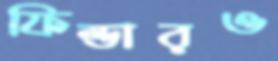
ফিল্ডারও